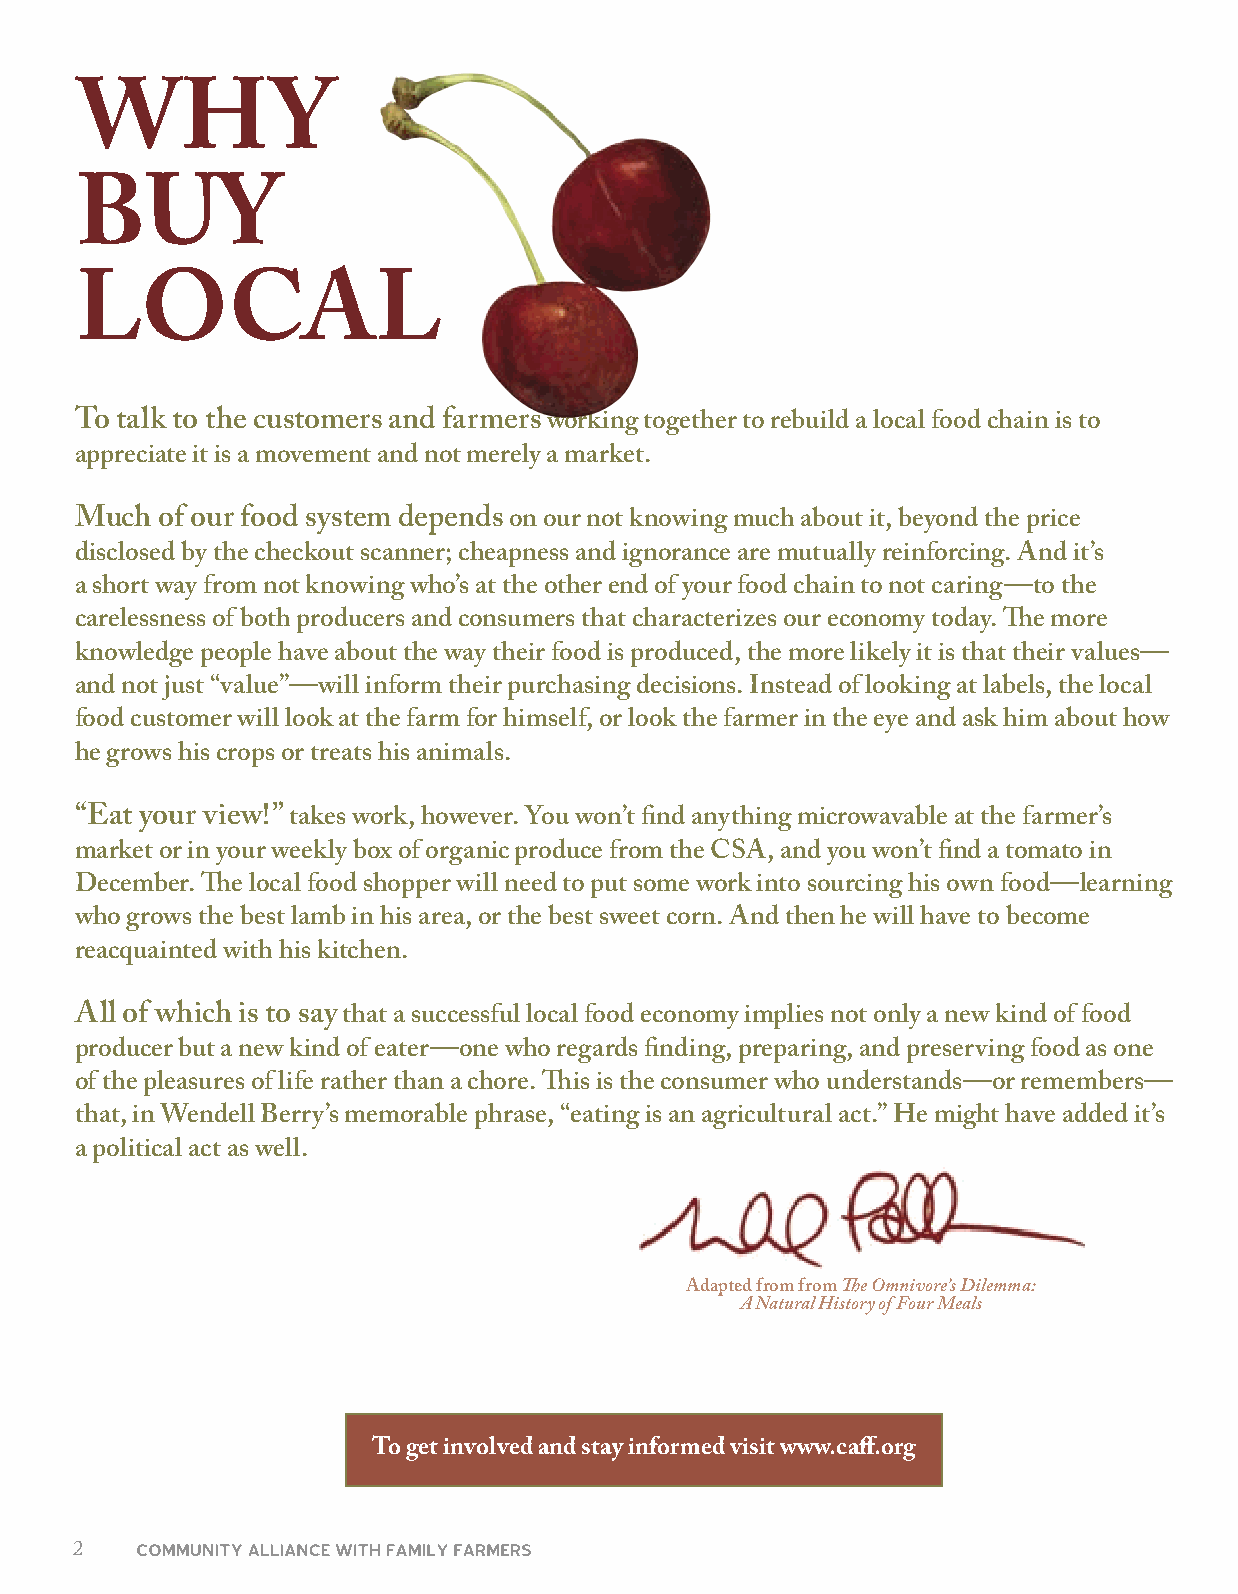
WHY
 BUY
 LOCAL
 To talk to the customers and farmers working together to rebuild a local food chain is to
 appreciate it is a movement and not merely a market.
 Much  of our food system depends on our not knowing much about it, beyond the price
 disclosed by the checkout scanner; cheapness and ignorance are mutually reinforcing. And it’s
 a short way from not knowing who’s at the other end of your food chain to not caring—to the
 carelessness of both producers and consumers that characterizes our economy today. The more
 knowledge people have about the way their food is produced, the more likely it is that their values—
 and not just “value”—will inform their purchasing decisions. Instead of looking at labels, the local
 food customer will look at the farm for himself, or look the farmer in the eye and ask him about how
 he grows his crops or treats his animals.
 “Eat your view!” takes work, however. You won’t find anything microwavable at the farmer’s
 market or in your weekly box of organic produce from the CSA, and you won’t find a tomato in
 December. The local food shopper will need to put some work into sourcing his own food—learning
 who grows the best lamb in his area, or the best sweet corn. And then he will have to become
 reacquainted with his kitchen.
 All of which is to say that a successful local food economy implies not only a new kind of food
 producer but a new kind of eater—one who regards finding, preparing, and preserving food as one
 of the pleasures of life rather than a chore. This is the consumer who understands—or remembers—
 that, in Wendell Berry’s memorable phrase, “eating is an agricultural act.” He might have added it’s
 a political act as well.
 Adapted from from The Omnivore’s Dilemma:
 A Natural History of Four Meals
 To get involved and stay informed visit www.caff.org
 2